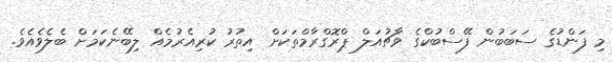
މި ފަންޑުގެ ސަބަބުން ފޭސްބުކްގެ ވާޗުއަލް ޕްރޮގްރާމްތަކަށް އިތުރު ކުރިއެރުމެއް ލިބޭނެކަމަށް ބެލެވެއެވެ.